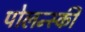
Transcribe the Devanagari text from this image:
पोलन्स्की